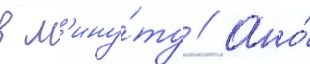
в м'ину́ту // Оно́